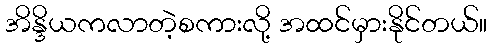
အိန္ဒိယကလာတဲ့စကားလို့ အထင်မှားနိုင်တယ်။